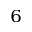
^ 6